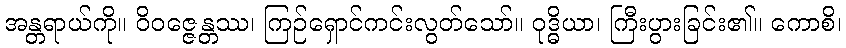
အန္တရာယ်ကို။ ဝိဝဇ္ဇေန္တဿ၊ ကြဉ်ရှောင်ကင်းလွတ်သော်။ ဝုဒ္ဓိယာ၊ ကြီးပွားခြင်း၏။ ကောစိ၊